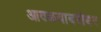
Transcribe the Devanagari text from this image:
आवळ्याबरोबर